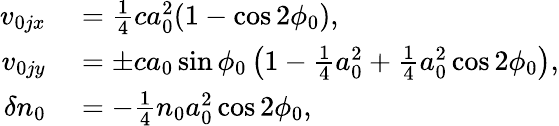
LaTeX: \begin{array}{rl}{v_{0jx}}&{{}=\frac{1}{4}ca_{0}^{2}(1-\cos 2\phi_{0}),}\\ {v_{0jy}}&{{}=\pm ca_{0}\sin\phi_{0}\left(1-\frac{1}{4}a_{0}^{2}+\frac{1}{4}a_{0}^{2}\cos 2\phi_{0}\right),}\\ {\delta n_{0}}&{{}=-\frac{1}{4}n_{0}a_{0}^{2}\cos 2\phi_{0},}\end{array}